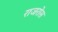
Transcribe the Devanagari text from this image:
राजरोस